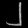
Digit: ၂